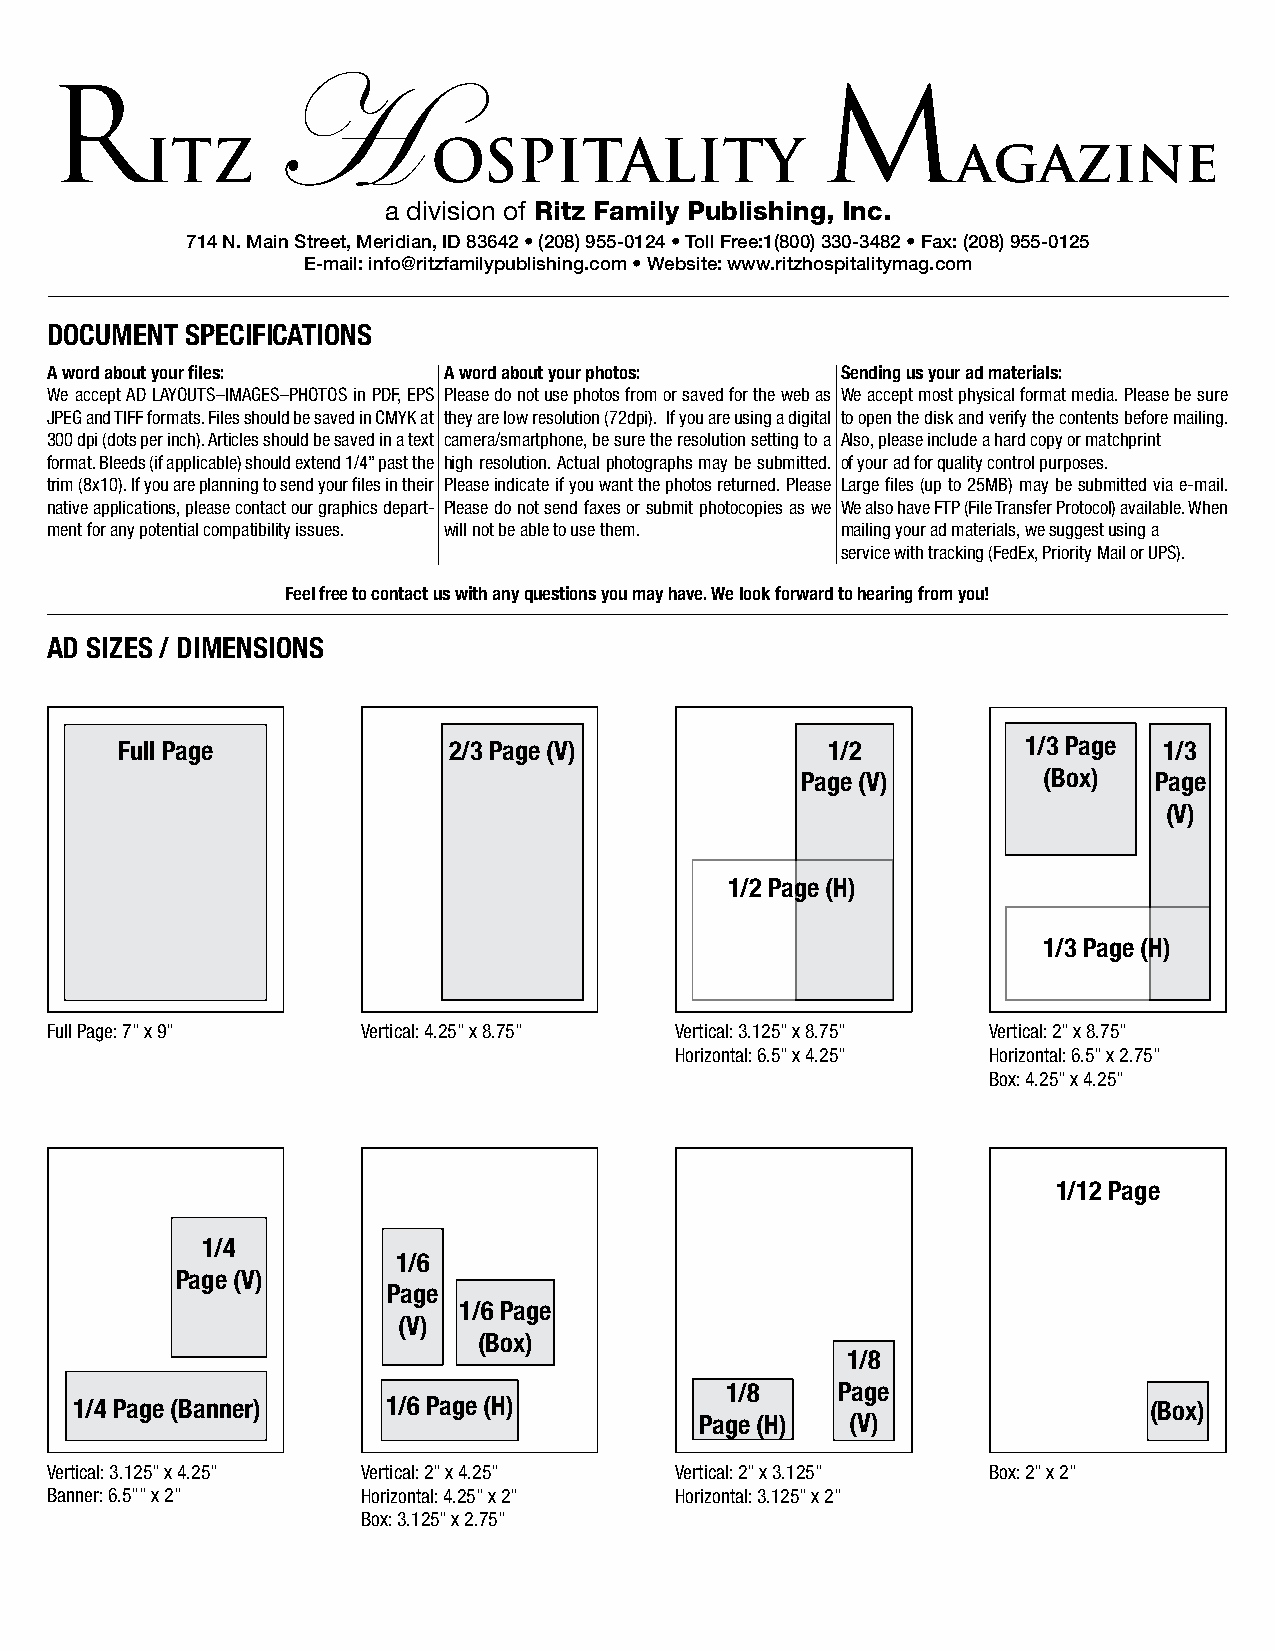
H
 R                                                  M
 ITZ                OSPITALITY                        agazine
 a division of Ritz Family Publishing, Inc.
 714 N. Main Street, Meridian, ID 83642 • (208) 955-0124 • Toll Free:1(800) 330-3482 • Fax: (208) 955-0125
 E-mail: info@ritzfamilypublishing.com • Website: www.ritzhospitalitymag.com
 DOCUMeNT SPeCIfICATIONS
 A word about your files:  A word about your photos:  Sending us your ad materials:
 We accept AD LAYOUTS–IMAGES–PHOTOS in PDF, EPS Please do not use photos from or saved for the web as We accept most physical format media. Please be sure
 JPEG and TIFF formats. Files should be saved in CMYK at they are low resolution (72dpi). If you are using a digital to open the disk and verify the contents before mailing.
 300 dpi (dots per inch). Articles should be saved in a text camera/smartphone, be sure the resolution setting to a Also, please include a hard copy or matchprint
 format. Bleeds (if applicable) should extend 1/4” past the high resolution. Actual photographs may be submitted. of your ad for quality control purposes.
 trim (8x10). If you are planning to send your files in their Please indicate if you want the photos returned. Please Large files (up to 25MB) may be submitted via e-mail.
 native applications, please contact our graphics depart- Please do not send faxes or submit photocopies as we We also have FTP (File Transfer Protocol) available. When
 ment for any potential compatibility issues. will not be able to use them. mailing your ad materials, we suggest using a
 service with tracking (FedEx, Priority Mail or UPS).
 feel free to contact us with any questions you may have. We look forward to hearing from you!
 AD SIZeS / DIMeNSIONS
 full Page             2/3 Page (V)             1/2          1/3 Page 1/3
 Page (V)        (Box)  Page
 (V)
 1/2 Page (H)
 1/3 Page (H)
 Full Page: 7” x 9”   Vertical: 4.25” x 8.75” Vertical: 3.125” x 8.75” Vertical: 2” x 8.75”
 Horizontal: 6.5” x 4.25” Horizontal: 6.5” x 2.75”
 Box: 4.25” x 4.25”
 1/12 Page
 1/4
 1/6
 Page (V)
 Page
 1/6 Page
 (V)
 (Box)
 1/8
 1/8    Page
 1/4 Page (Banner)    1/6 Page (H)                                      (Box)
 Page (H)  (V)
 Vertical: 3.125” x 4.25” Vertical: 2” x 4.25” Vertical: 2” x 3.125” Box: 2” x 2”
 Banner: 6.5”” x 2”   Horizontal: 4.25” x 2” Horizontal: 3.125” x 2”
 Box: 3.125” x 2.75”